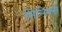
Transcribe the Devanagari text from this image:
मिमिक्स